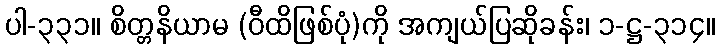
ပါ-၃၃၁။ စိတ္တနိယာမ (ဝီထိဖြစ်ပုံ)ကို အကျယ်ပြဆိုခန်း၊ ၁-ဋ္ဌ-၃၁၄။